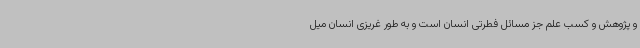
و پژوهش و کسب علم جز مسائل فطرتی انسان است و به طور غریزی انسان میل